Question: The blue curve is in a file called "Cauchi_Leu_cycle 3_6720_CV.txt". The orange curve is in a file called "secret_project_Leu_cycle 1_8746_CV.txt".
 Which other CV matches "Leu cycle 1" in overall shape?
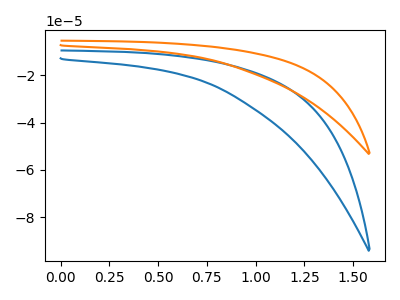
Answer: <think>The blue curve "Leu cycle 3" has no peaks. The orange curve "Leu cycle 1" has no peaks.
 Neither "Leu cycle 3" or "Leu cycle 1" have any peaks.</think>
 <answer>The CV with the most similar shape to "Leu cycle 3" is "Leu cycle 1".</answer>
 <eval>"Leu cycle 1"</eval>